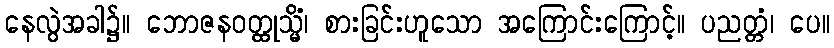
နေလွဲအခါ၌။ ဘောဇနဝတ္ထုသ္မိံ၊ စားခြင်းဟူသော အကြောင်းကြောင့်။ ပညတ္တံ၊ ပေ။